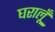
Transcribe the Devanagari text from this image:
घरालूँ